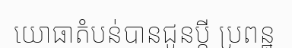
យោធាតំបន់បានជូនប្តី ប្រពន្ឋ